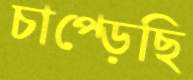
চাপ্‌ড়েছি